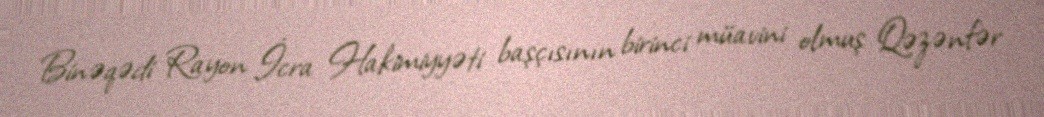
Binəqədi Rayon İcra Hakimiyyəti başçısının birinci müavini olmuş Qəzənfər